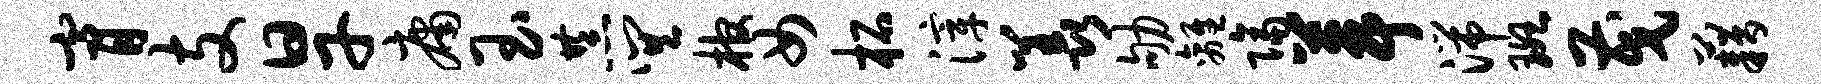
膏支旱庸玉恭巽棺女柘滓羡劬离隔葺湍斑茂藉